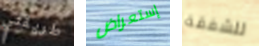
طريقتي إستعراض للشفقة